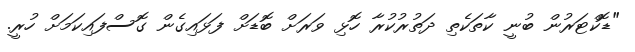
"ޑޮކްޓަރުން ބުނީ ކާތަކެތި ދަތުރުކުރާ ހޮޅި ވަރަށް ބޮޑަށް ފަޅައިގެން ގޮސްފައިކަމަށް ހުރީ.